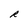
Character: R